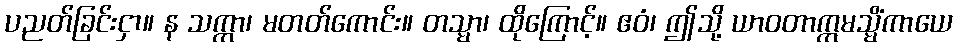
ပညတ်ခြင်းငှာ။ န သက္ကာ၊ မတတ်ကောင်း။ တသ္မာ၊ ထိုကြောင့်။ ဧဝံ၊ ဤသို့ ယာဝတာဣမသ္မိံကာယေ